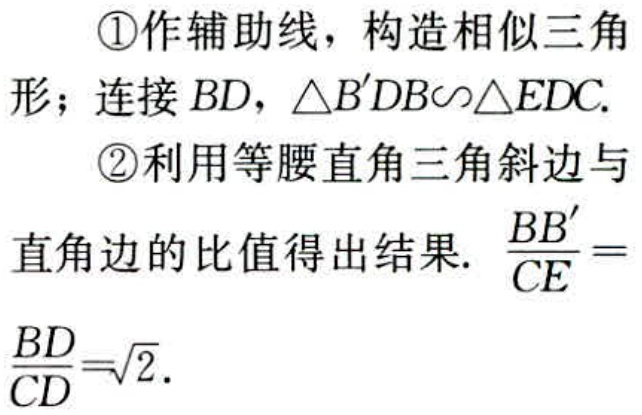
\textcircled{1}作辅助线，构造相似三角形；连接 \(BD\)，\(\triangle B^{\prime}DB\sim\triangle EDC\).

\textcircled{2}利用等腰直角三角斜边与直角边的比值得出结果. \(\frac{BB^{\prime}}{CE}=\frac{BD}{CD}=\sqrt{2}\).